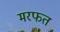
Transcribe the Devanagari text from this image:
मरफत